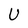
Character: U